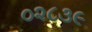
૦૨૮૩૯